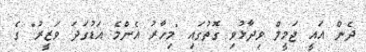
ދެން އައީ ޖަމީލް ވިދާޅުވި ގޮތުގައި "މިހާރު އެންމެ އަޑުގަދަ ވަޒީރު" ގެ